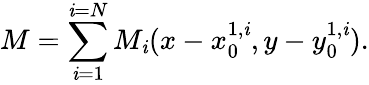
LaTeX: M=\sum_{\mathit{i}=1}^{\mathit{i}=N}M_{\mathit{i}}(x-x_{0}^{1,\mathit{i}},y-y_{0}^{1,\mathit{i}}).